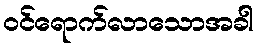
ဝင်ရောက်လာသောအခါ